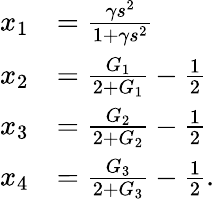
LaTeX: \begin{array}{rl}{x_{1}}&{=\frac{\gamma s^{2}}{1+\gamma s^{2}}}\\ {x_{2}}&{=\frac{G_{1}}{2+G_{1}}-\frac{1}{2}}\\ {x_{3}}&{=\frac{G_{2}}{2+G_{2}}-\frac{1}{2}}\\ {x_{4}}&{=\frac{G_{3}}{2+G_{3}}-\frac{1}{2}.}\end{array}